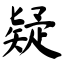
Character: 疑